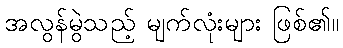
အလွန်မွဲသည့် မျက်လုံးများ ဖြစ်၏။